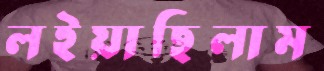
লইয়াছিলাম